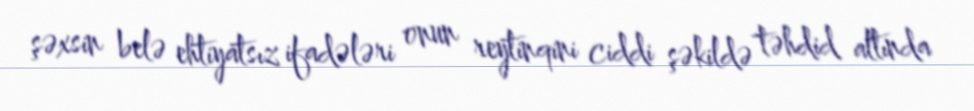
şəxsin belə ehtiyatsız ifadələri onun reytinqini ciddi şəkildə təhdid altında